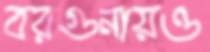
বরগুনায়ও